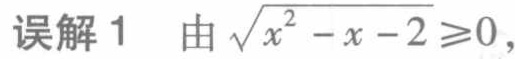
误解1 由\(\sqrt{x^{2}-x - 2}\geq0\)，